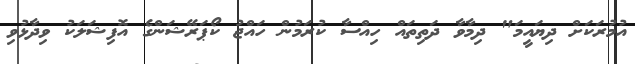
އުމުރަކަށް ދިޔައީމަ" ދިމާވާ ދަތިތައް ހިއްސާ ކުރަމުން ހައްޖު ކޯޕަރޭޝަންގެ އޮފިޝަލަކު ވިދާޅުވި